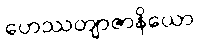
ဟေဿတျာဇာနိယော